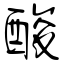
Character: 酸